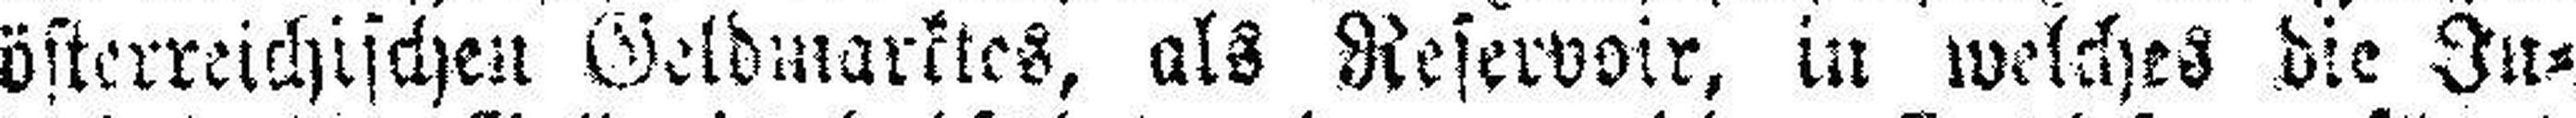
österreichischen Geldmarktes, als Reservoir, in welches die In¬